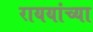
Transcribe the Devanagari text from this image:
राययांच्या